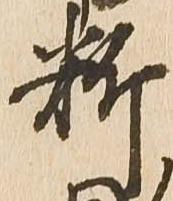
料